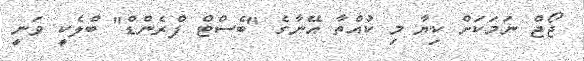
ޖޯޖް ނަމަކަށް ކިޔާ މި ކުއްތާ އޭނާގެ "ބެސްޓް ފްރެންޑް" ބްލެކީ ވަނީ